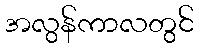
အလွန်ကာလတွင်